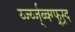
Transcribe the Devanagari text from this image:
र्य्ज्य्ज्ब्क्ग्फ्र्स्र्द